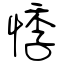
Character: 悸